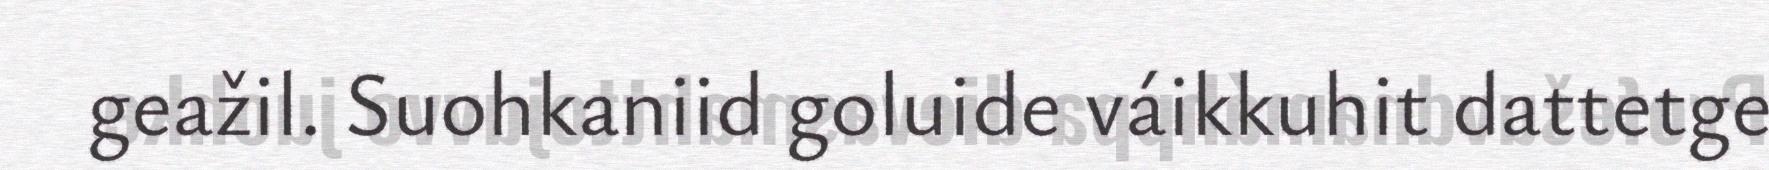
geažil. Suohkaniid goluide váikkuhit dattetge